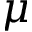
\mu